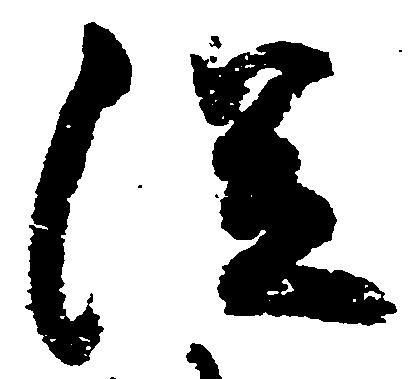
従